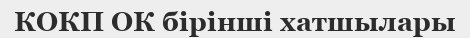
КОКП ОК бірінші хатшылары